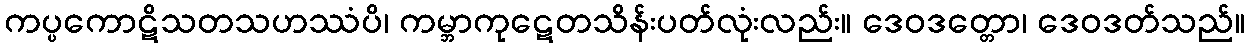
ကပ္ပကောဋိသတသဟဿံပိ၊ ကမ္ဘာကုဋေတသိန်းပတ်လုံးလည်း။ ဒေဝဒတ္တော၊ ဒေဝဒတ်သည်။